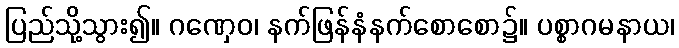
ပြည်သို့သွား၍။ ဂဏှေဝ၊ နက်ဖြန်နံနက်စောစော၌။ ပစ္စာဂမနာယ၊